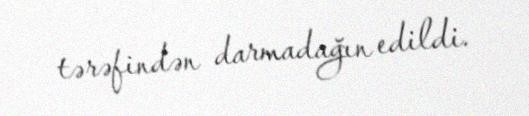
tərəfindən darmadağın edildi.